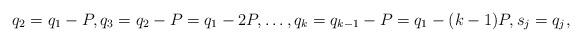
LaTeX: \begin{align*} q_2 = q_1 -P, q_3 = q_2-P = q_1-2P, \ldots, q_k = q_{k-1} -P = q_1 - (k-1)P , s_j = q_j , \end{align*}